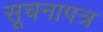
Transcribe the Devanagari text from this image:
सूचनापत्र